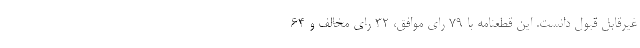
غیرقابل قبول دانست. این قطعنامه با 79 رای موافق، 32 رای مخالف و 64